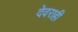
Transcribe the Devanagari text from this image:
देवराही